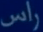
راس